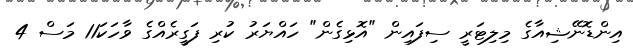
އިންޑޮނޭޝިއާގެ މިލިޓަރީ ސިފައިން "އޮޅިގެން" ހައްޔަރު ކުރި ފަގީީރެެއްގެ ވާހަކަ11 މަސް 4